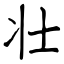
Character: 壮